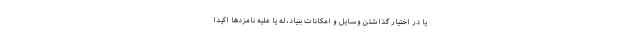
یا در اختیار گذاشتن وسایل و امکانات بنیاد، له یا علیه نامزدها اکیداً